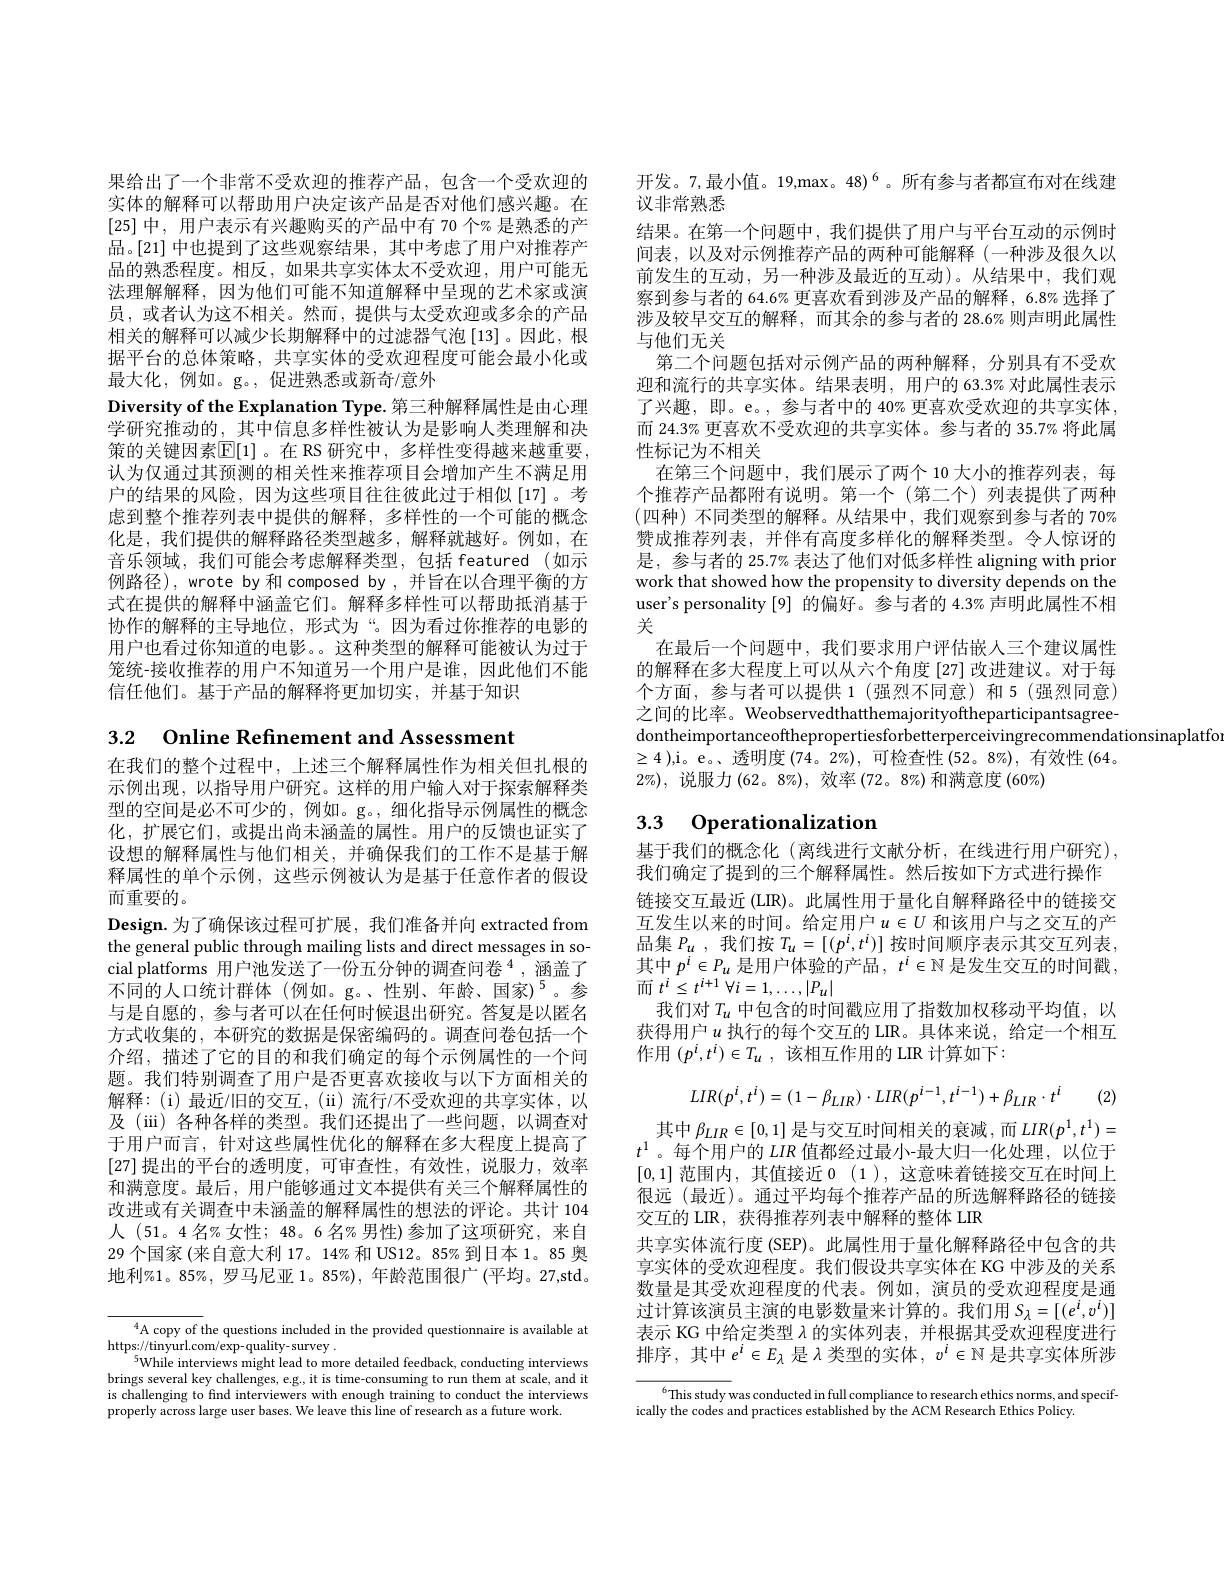
果给出了一个非常不受欢迎的推荐产品，包含一个受欢迎的实体的解释可以帮助用户决定该产品是否对他们感兴趣。在[25]中，用户表示有兴趣购买的产品中有 70 个% 是熟悉的产品。[21] 中也提到了这些观察结果，其中考虑了用户对推荐产品的熟悉程度。相反，如果共享实体太不受欢迎，用户可能无法理解解释，因为他们可能不知道解释中呈现的艺术家或演员，或者认为这不相关。然而，提供与太受欢迎或多余的产品相关的解释可以减少长期解释中的过滤器气泡[13]。因此，根据平台的总体策略，共享实体的受欢迎程度可能会最小化或最大化，例如。g。,促进熟悉或新奇/意外
Diversity of the Explanation Type. 第三种解释属性是由心理学研究推动的，其中信息多样性被认为是影响人类理解和决策的关键因素$\mathbb{E}[1]$。在 RS 研究中，多样性变得越来越重要认为仅通过其预测的相关性来推荐项目会增加产生不满足用户的结果的风险，因为这些项目往往彼此过于相似[17]。考虑到整个推荐列表中提供的解释，多样性的一个可能的概念化是，我们提供的解释路径类型越多，解释就越好。例如，在音乐领域，我们可能会考虑解释类型，包括 featured(如示例路径), wrote by 和 composed by ,并旨在以合理平衡的方式在提供的解释中涵盖它们。解释多样性可以帮助抵消基于协作的解释的主导地位，形式为“。因为看过你推荐的电影的用户也看过你知道的电影。。这种类型的解释可能被认为过于笼统-接收推荐的用户不知道另一个用户是谁，因此他们不能信任他们。基于产品的解释将更加切实，并基于知识

3.2 $\textbf{Online Refinement and Assessment}$
在我们的整个过程中，上述三个解释属性作为相关但扎根的示例出现，以指导用户研究。这样的用户输人对于探索解释类型的空间是必不可少的，例如。g。,细化指导示例属性的概念化，扩展它们，或提出尚未涵盖的属性。用户的反馈也证实了设想的解释属性与他们相关，并确保我们的工作不是基于解释属性的单个示例，这些示例被认为是基于任意作者的假设而重要的。
Design.为了确保该过程可扩展，我们准备并向 extracted from the general public through mailing lists and direct messages in social platforms 用户池发送了一份五分钟的调查问卷$^{4}$, 涵盖了$\dot{\text{不同的人口统计群体(例如。g。、性别、年龄、国家)}^5}$。参与是自愿的，参与者可以在任何时候退出研究。答复是以匿名方式收集的，本研究的数据是保密编码的。调查问卷包括一个介绍，描述了它的目的和我们确定的每个示例属性的一个问题。我们特别调查了用户是否更喜欢接收与以下方面相关的解释：(i)最近/旧的交互，(ii)流行/不受欢迎的共享实体，以及 (iii) 各种各样的类型。我们还提出了一些问题，以调查对于用户而言，针对这些属性优化的解释在多大程度上提高了[27]提出的平台的透明度，可审查性，有效性，说服力，效率和满意度。最后，用户能够通过文本提供有关三个解释属性的改进或有关调查中未涵盖的解释属性的想法的评论。共计 104人 (51。4名%女性；48。6 名% 男性)参加了这项研究，来自29个国家(来自意大利 17。14%和 US12。85% 到日本 1。85 奧地利%1。85%, 罗马尼亚 1。85%), 年龄范围很广(平均。27,std。

$^{4}$A copy of the questions included in the provided questionnaire is available at
$\operatorname* { https: / / tinyurl. com/ exp- quality- survey}$ .
$^{5}$While interviews might lead to more detailed feedback, conducting interviews brings several key challenges, e.g., it is time-consuming to run them at scale, and it is challenging to find interviewers with enough training to conduct the interviews properly across large user bases. We leave this line of research as a future work.

开发。7,最小值。19,max。48)$^6$。所有参与者都宣布对在线建
议非常熟悉
结果。在第一个问题中，我们提供了用户与平台互动的示例时间表，以及对示例推荐产品的两种可能解释 (一种涉及很久以前发生的互动，另一种涉及最近的互动)。从结果中，我们观察到参与者的 64.6% 更喜欢看到涉及产品的解释，6.8% 选择了涉及较早交互的解释，而其余的参与者的 28.6% 则声明此属性与他们无关
第二个问题包括对示例产品的两种解释，分别具有不受欢迎和流行的共享实体。结果表明，用户的 63.3% 对此属性表示了兴趣，即。e。, 参与者中的 40% 更喜欢受欢迎的共享实体， 而 24.3% 更喜欢不受欢迎的共享实体。参与者的 35.7% 将此属性标记为不相关
在第三个问题中，我们展示了两个 10 大小的推荐列表，每个推荐产品都附有说明。第一个(第二个)列表提供了两种(四种)不同类型的解释。从结果中，我们观察到参与者的 70% 赞成推荐列表，并伴有高度多样化的解释类型。令人惊讶的是，参与者的 25.7% 表达了他们对低多样性 aligning with prior work that showed how the propensity to diversity depends on the user's personality [9] 的偏好。参与者的 4.3% 声明此属性不相关
在最后一个问题中，我们要求用户评估嵌人三个建议属性的解释在多大程度上可以从六个角度[27] 改进建议。对于每个方面，参与者可以提供 1(强烈不同意) 和 5(强烈同意) 之间的比率。Weobservedthatthemajorityoftheparticipantsagreedontheimportanceofthepropertiesforbetterperceivingrecommendationsinaplatfo
$\geq4$ ),i。e。、透明度(74。2%),可检查性(52。8%),有效性(64。
$2\%)$,说服力(62。8%), 效率 (72。8%)和满意度 (60%)

# 3.3 Operationalization

基于我们的概念化 (离线进行文献分析，在线进行用户研究),
我们确定了提到的三个解释属性。然后按如下方式进行操作链接交互最近 (LIR)。此属性用于量化自解释路径中的链接交互发生以来的时间。给定用户$u\in U$ 和该用户与之交互的产品集$P_u$ ,我们按$T_u=[(p^i,t^i)]$ 按时间顺序表示其交互列表， 其中$p^i\in P_u$是用户体验的产品$,t^i\in\mathbb{N}$是发生交互的时间戳， 而$t^i\leq t^{i+1}\forall i=1,\ldots,|P_u|$
我们对$T_u$中包含的时间戳应用了指数加权移动平均值，以获得用户$u$ 执行的每个交互的 LIR。具体来说，给定一个相互作用$(p^i,t^i)\in T_u$,该相互作用的 LIR 计算如下：
$$LIR(p^i,t^i)=(1-\beta_{LIR})\cdot LIR(p^{i-1},t^{i-1})+\beta_{LIR}\cdot t^i$$
(2)

其中$\beta_{LIR}\in[0,1]$是与交互时间相关的衰减，而$LIR(p^1,t^1)=$ $t^1$。每个用户的$LIR$值都经过最小-最大归一化处理，以位于[0,1]范围内，其值接近0 (1),这意味着链接交互在时间上很远 (最近)。通过平均每个推荐产品的所选解释路径的链接交互的 LIR, 获得推荐列表中解释的整体 LIR
共享实体流行度 (SEP)。此属性用于量化解释路径中包含的共享实体的受欢迎程度。我们假设共享实体在 KG 中涉及的关系数量是其受欢迎程度的代表。例如，演员的受欢迎程度是通过计算该演员主演的电影数量来计算的。我们用$S_\lambda=[(e^i,v^i)]$ 表示 KG 中给定类型$\lambda$的实体列表，并根据其受欢迎程度进行排序，其中$e^i\in E_\lambda$是$\lambda$类型的实体$,~v^i\in\mathbb{N}$是共享实体所涉

$^{6}$This study was conducted in full compliance to research ethics norms, and specif-
ically the codes and practices established by the ACM Research Ethics Policy.